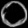
Digit: ၀